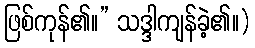
ဖြစ်ကုန်၏။” သဒ္ဒါကျန်ခဲ့၏။)